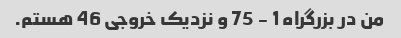
من در بزرگراه 1 - 75 و نزدیک خروجی 46 هستم.